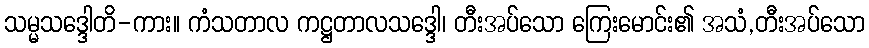
သမ္မသဒ္ဒေါတိ-ကား။ ကံသတာလ ကဋ္ဌတာလသဒ္ဒေါ၊ တီးအပ်သော ကြေးမောင်း၏ အသံ,တီးအပ်သော